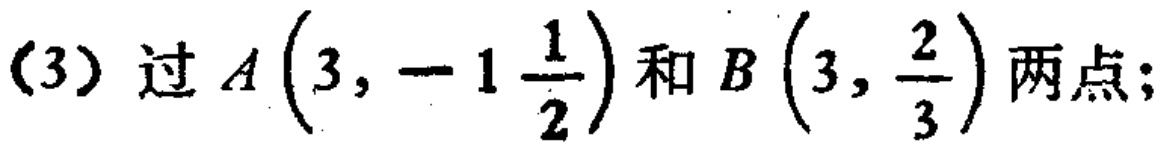
(3) 过$A\left(3,-1\frac{1}{2}\right)$和$B\left(3,\frac{2}{3}\right)$两点;